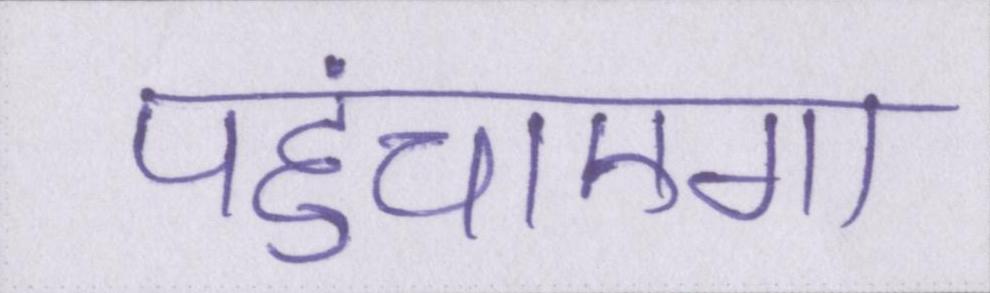
पहुंचाएगा